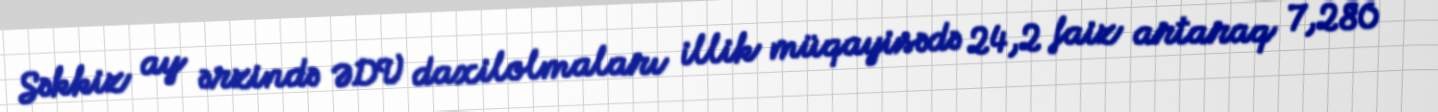
Səkkiz ay ərzində ƏDV daxilolmaları illik müqayisədə 24,2 faiz artaraq 7,280